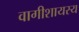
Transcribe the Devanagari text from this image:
वागीशायस्य